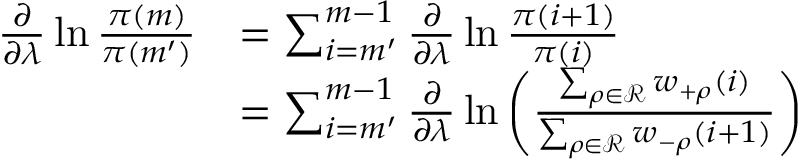
\begin{array} { r l } { \frac { \partial } { \partial \lambda } \ln \frac { \pi ( m ) } { \pi ( m ^ { \prime } ) } } & { = \sum _ { i = m ^ { \prime } } ^ { m - 1 } \frac { \partial } { \partial \lambda } \ln \frac { \pi ( i + 1 ) } { \pi ( i ) } } \\ & { = \sum _ { i = m ^ { \prime } } ^ { m - 1 } \frac { \partial } { \partial \lambda } \ln \left( \frac { \sum _ { \rho \in \mathcal { R } } w _ { + \rho } ( i ) } { \sum _ { \rho \in \mathcal { R } } w _ { - \rho } ( i + 1 ) } \right) } \end{array}